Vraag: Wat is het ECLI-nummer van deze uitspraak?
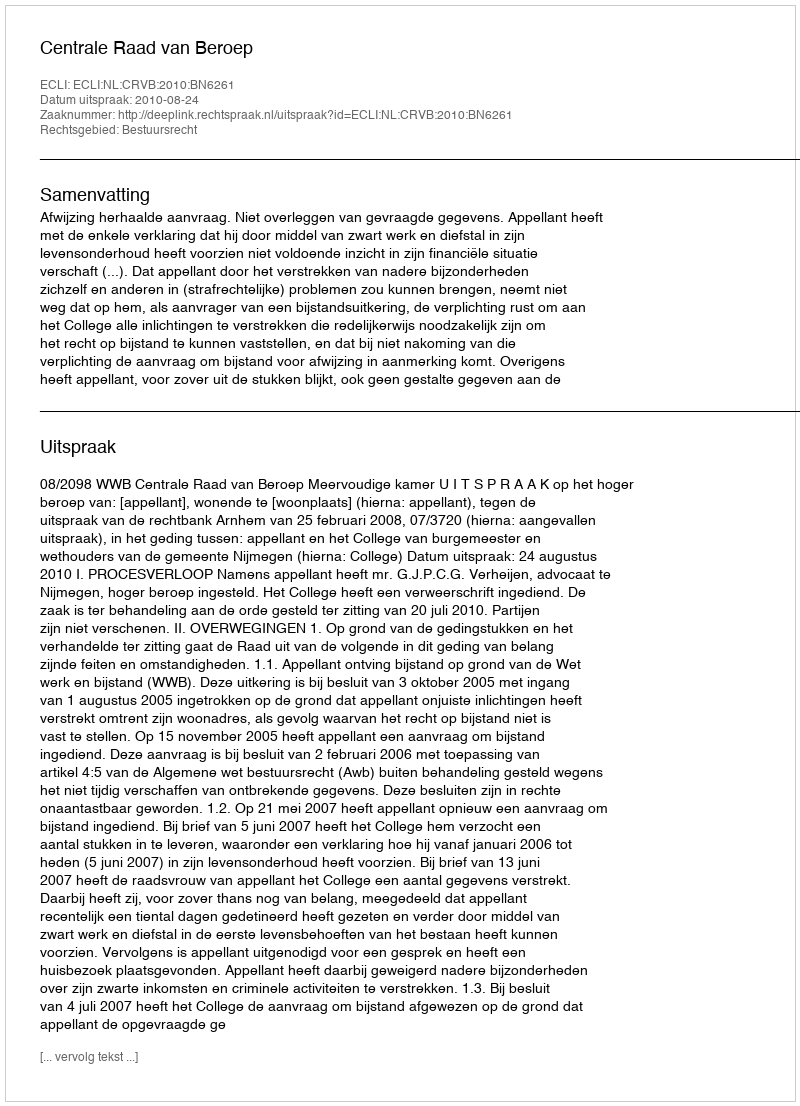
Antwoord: ECLI:NL:CRVB:2010:BN6261